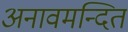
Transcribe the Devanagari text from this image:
अनावमन्दित